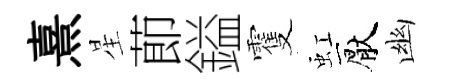
熹星莭鎰䨥虹厭幽